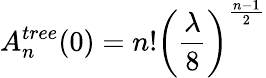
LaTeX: A_{n}^{tree}(0)=n!\left({\frac{\lambda}{8}}\right)^{\frac{n-1}{2}}